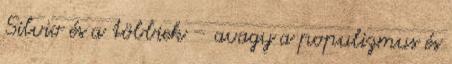
Silvio és a többiek – avagy a populizmus és